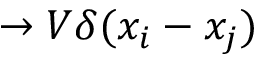
\to V \delta ( x _ { i } - x _ { j } )